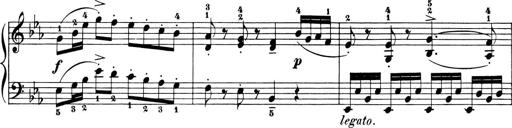
Title: 6 Piano Sonatinas
Composer: Cornelius Gurlitt